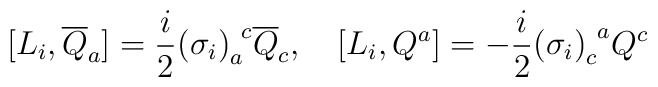
[L_i , \overline {Q}_a ] =  \frac{i}{2} {(\sigma_i)}^{~c}_a\overline {Q}_c ,\quad [ L_i ,  Q^a ] = - \frac{i}{2} {(\sigma_i)}^{~a}_c  Q^c